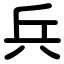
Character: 兵